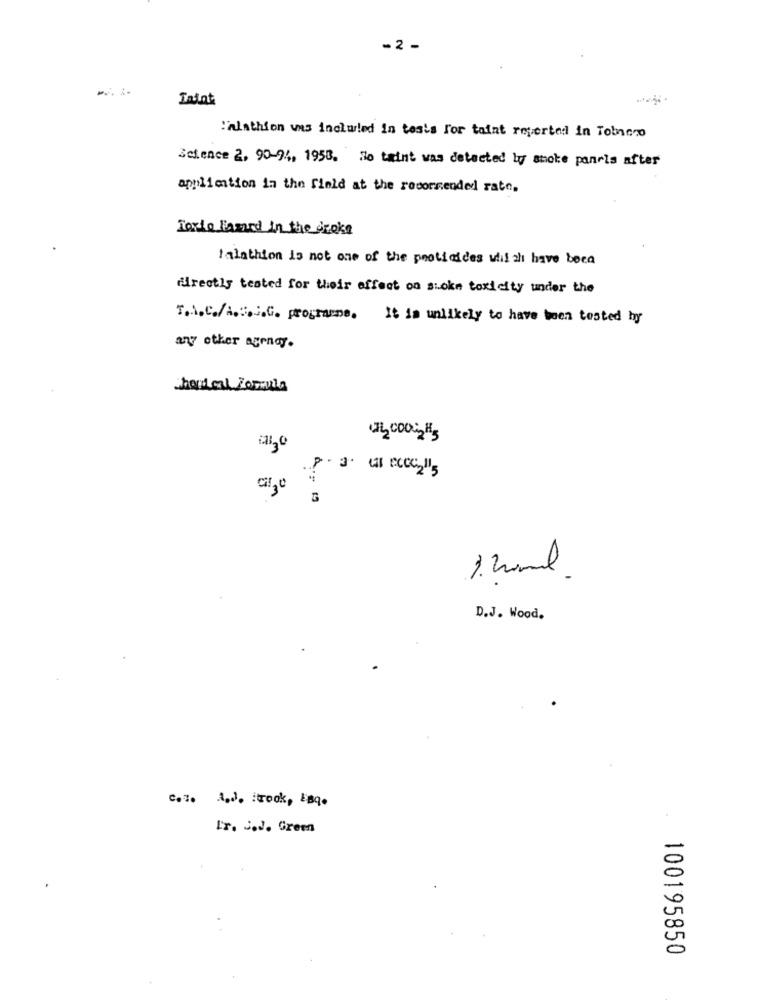
-2 -
Imint
:lathion was included in tesis For taint reverted in Tobnero
Science 2, 90-94, 1958. So taint was detected by shoke panris after
application in the field at the recommended rate.
Toxio Hasard in the dr.oke
Ialathion is not one of the pesticides whil ah have been
directly tested for their effect on siokm toxicity under the
T.A.C./A.C. programs. It is unlikely to have been tested by
any other agendy.
hout cal Zomula
1. 2ml .
D.J. Wood.
Cose And. rook, LBq.
Ir. S.J. Green
100195850